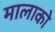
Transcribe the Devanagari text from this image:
मालाको